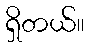
ရှိတယ်။